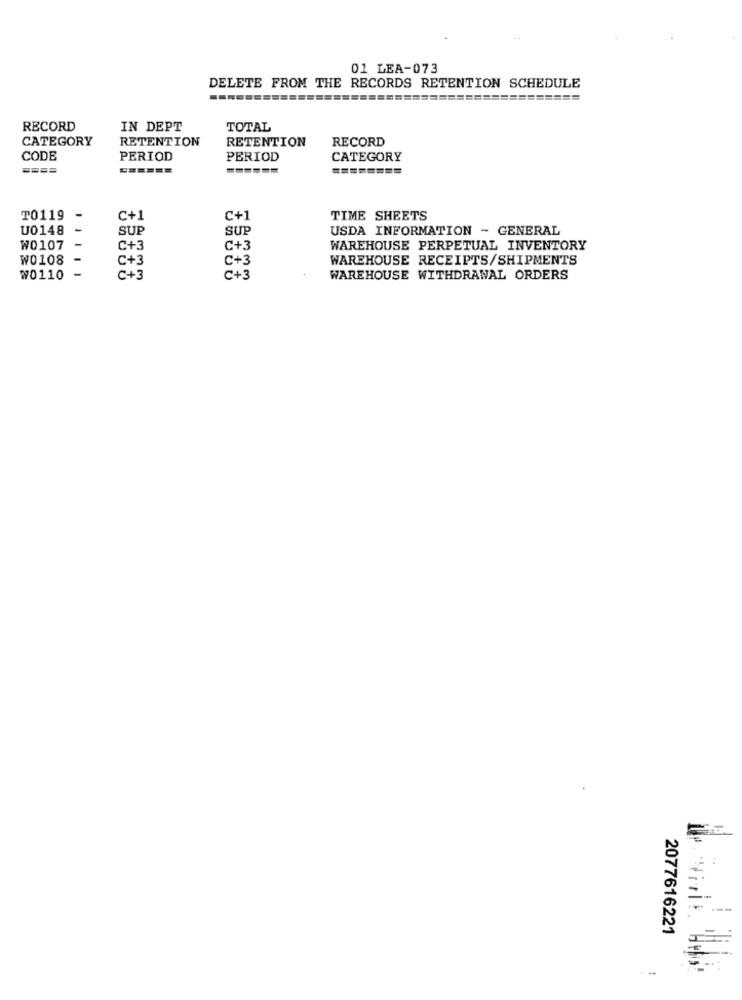
01 LEA-073
DELETE FROM THE RECORDS RETENTION SCHEDULE
=======
RECORD
IN DEPT
TOTAL
CATEGORY
RETENTION
RETENTION
RECORD
CODE
PERIOD
PERIOD
CATEGORY
====
======
======
========
T0119
-
C+1
C+1
TIME SHEETS
U0148
-
SUP
SUP
USDA INFORMATION - GENERAL
W0107
-
C+3
C+3
WAREHOUSE PERPETUAL INVENTORY
W0108
-
C+3
C+3
WAREHOUSE RECEIPTS/SHIPMENTS
-
W0110
C+3
C+3
WAREHOUSE WITHDRAWAL ORDERS
2077616221